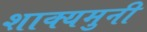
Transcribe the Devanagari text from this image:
शाक्यमुनी